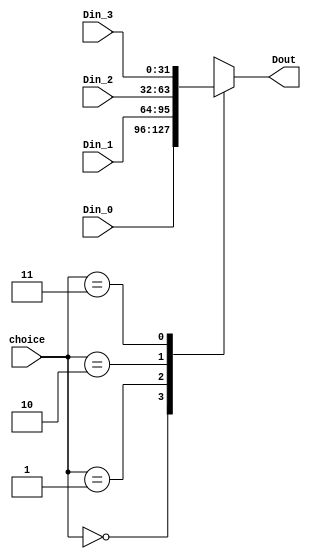
`timescale 1ns / 1ps
//////////////////////////////////////////////////////////////////////////////////
// Company: 
// Engineer: 
// 
// Design Name: 
// Module Name: Multiplexer_4
// Project Name: 
// Target Devices: 
// Tool Versions: 
// Description: 
// 
// Dependencies: 
// 
// Revision:
// Revision 0.01 - File Created
// Additional Comments:
// 
//////////////////////////////////////////////////////////////////////////////////


module Multiplexer_4#(parameter N = 32)(Din_0, Din_1, Din_2, Din_3, choice, Dout);
    //parameter N = 32;
    input[N-1:0] Din_0;
    input[N-1:0] Din_1;
    input[N-1:0] Din_2;
    input[N-1:0] Din_3;
    input[1:0] choice;
    output reg[N-1:0] Dout;
    initial begin
        Dout <= 0;
    end
    always@(*)begin
        case(choice)
            2'd0:Dout = Din_0;
            2'd1:Dout = Din_1;
            2'd2:Dout = Din_2;
            2'd3:Dout = Din_3;
        endcase
    end
endmodule